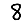
Digit: 8